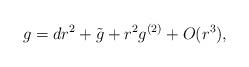
LaTeX: \begin{align*}g = dr^2 + \tilde{g} + r^2 g^{(2)} + O(r^3),\end{align*}